Insane asylums in Bengal annual reports 1867-1875 - 1867-1875
Year: 1867
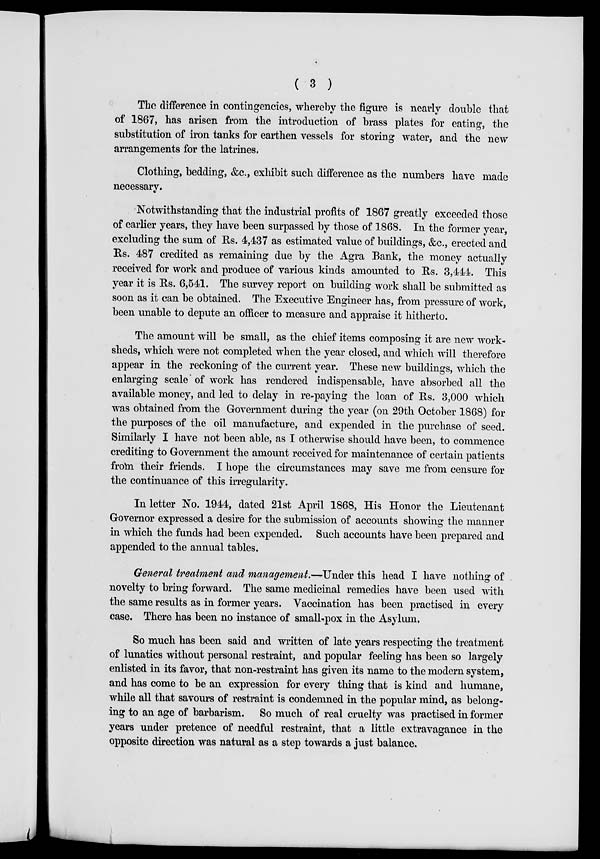
( 3 )
The difference in contingencies, whereby the figure is nearly double that
of 1867, has arisen from the introduction of brass plates for eating, the
substitution of iron tanks for earthen vessels for storing water, and the new
arrangements for the latrines.
Clothing, bedding, &c., exhibit such difference as the numbers have made
necessary.
Notwithstanding that the industrial profits of 1867 greatly exceeded those
of earlier years, they have been surpassed by those of 1868. In the former year,
excluding the sum of Rs. 4,437 as estimated value of buildings, &c., erected and
Rs. 487 credited as remaining due by the Agra Bank, the money actually
received for work and produce of various kinds amounted to Rs. 3,444. This
year it is Rs. 6,541. The survey report on building work shall be submitted as
soon as it can be obtained. The Executive Engineer has, from pressure of work,
been unable to depute an officer to measure and appraise it hitherto.
The amount will be small, as the chief items composing it are new work-
sheds, which were not completed when the year closed, and which will therefore
appear in the reckoning of the current year. These new buildings, which the
enlarging scale of work has rendered indispensable, have absorbed all the
available money, and led to delay in re-paying the loan of Rs. 3,000 which
was obtained from the Government during the year (on 29th October 1868) for
the purposes of the oil manufacture, and expended in the purchase of seed.
Similarly I have not been able, as I otherwise should have been, to commence
crediting to Government the amount received for maintenance of certain patients
from their friends. I hope the circumstances may save me from censure for
the continuance of this irregularity.
In letter No. 1944, dated 21st April 1868, His Honor the Lieutenant
Governor expressed a desire for the submission of accounts showing the manner
in which the funds had been expended. Such accounts have been prepared and
appended to the annual tables.
General treatment and management. —Under this head I have nothing of
novelty to bring forward. The same medicinal remedies have been used with
the same results as in former years. Vaccination has been practised in every
case. There has been no instance of small-pox in the Asylum.
So much has been said and written of late years respecting the treatment
of lunatics without personal restraint, and popular feeling has been so largely
enlisted in its favor, that non-restraint has given its name to the modern system,
and has come to be an expression for every thing that is kind and humane,
while all that savours of restraint is condemned in the popular mind, as belong¬
ing to an age of barbarism. So much of real cruelty was practised in former
years under pretence of needful restraint, that a little extravagance in the
opposite direction was natural as a step towards a just balance.